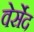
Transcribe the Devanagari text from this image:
वेर्सेद